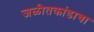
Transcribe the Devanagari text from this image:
जळीतकांडाचा